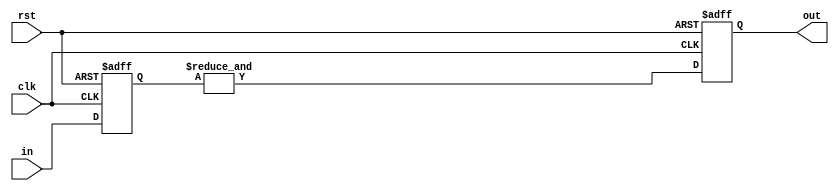

`timescale 1ns/100ps

module reg2reg_w_delay (
  clk,
  rst,
  in,
  out
);

  input         clk;
  input         rst;
  input  [1:0]  in;
  output        out;

  reg    [1:0]  tmp1;
  reg           tmp2;
  reg           out;

  always @( posedge clk or posedge rst ) begin
    if ( rst ) begin
      tmp1 <= #1 2'b00;
    end
    else begin
      tmp1 <= #1 in;
    end
  end

  always @( tmp1 ) begin
    tmp2 = &tmp1;
  end

  always @( posedge clk or posedge rst ) begin
    if ( rst ) begin
      out <= #1 1'b0;
    end
    else begin
      out <= #1 tmp2;
    end
  end

endmodule